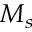
M _ { s }